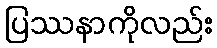
ပြဿနာကိုလည်း